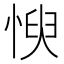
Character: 㥚